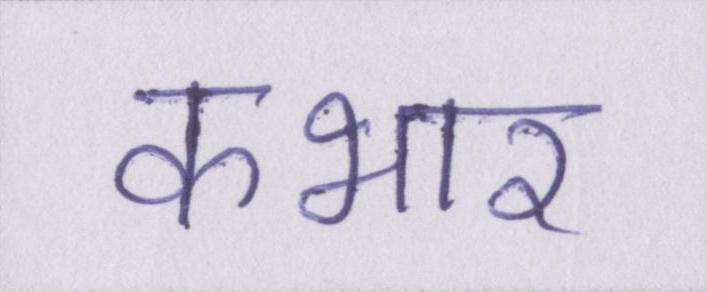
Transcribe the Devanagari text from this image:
कभार